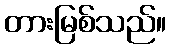
တားမြစ်သည်။